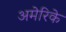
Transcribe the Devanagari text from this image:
अमेरिके